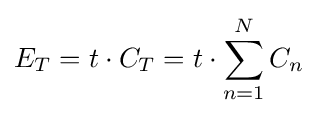
E_{T}=t\cdot C_{T}=t\cdot \sum _{n=1}^{N}C_{n}